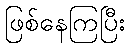
ဖြစ်နေကြပြီး